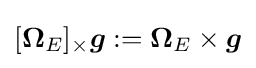
[{\boldsymbol {\Omega }}_{E}]_{\times }{\boldsymbol {g}}:={\boldsymbol {\Omega }}_{E}\times {\boldsymbol {g}}